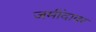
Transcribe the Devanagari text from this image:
जमींदावर